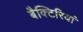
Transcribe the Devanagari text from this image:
बैक्टिरियां